Civil Veterinary Dept. Bombay admin report 1900-1906 - 1900-1906
Year: 1900
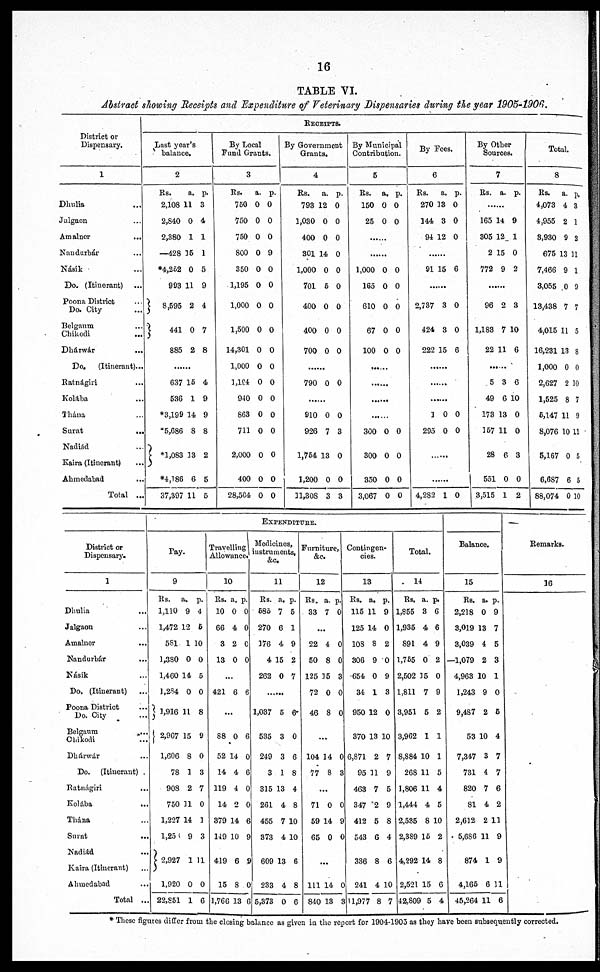
16
TABLE VI.
Abstract showing Receipts and Expenditure of Veterinary Dispensaries during the year 1905-1906.
District or
Dispensary.
1
Dhulia ...
Jalgaon ...
Amalner ...
Nandurbár ...
Násik ...
Do. (Itinerant)
Poona District ...
Do. City ...
Belgaum ...
Chikodi ...
Dhárwár ...
Do.
(Itinerant)...
Ratnágiri ...
Kolába ...
Thána ...
Surat ...
Nadiád ...
Kaira (Itinerant) ...
Ahmedabad ...
Total ...
RECEIPTS
Last year's
balance.
2
Rs.
2,108
2,840
2,380
—428
*4,252
993
8,595
441
885
......
637
536
*3,199
*5,686
*1,083
*4,186
37,397
a.
11
0
1
15
0
11
2
0
2
15
1
14
8
13
6
11
p.
3
4
1
1
5
9
4
7
8
4
9
9
8
2
5
5
By Local
Fund Grants.
3
Rs.
750
750
750
800
350
1,195
1,000
1,500
14,301
1,000
1,194
940
863
711
2,000
400
28,504
a.
0
0
0
0
0
0
0
0
0
0
0
0
0
0
0
0
0
p.
0
0
0
9
0
0
0
0
0
0
0
0
0
0
0
0
0
By Government
Grannts.
4
Rs.
793
1,030
400
301
1,000
701
400
4.00
700
......
790
......
910
926
1,754
1,200
11,308
a.
12
0
0
14
0
5
0
0
0
0
0
7
13
0
3
p.
0
0
0
0
0
0
0
0
0
0
0
3
0
0
3
By Municipal
Contribution.
5
Rs.
150
25
......
1,000
165
610
67
100
......
......
......
300
300
350
3,067
a,
0 0
0
0
0
0
0
0
0
0
0
0
p.
0
0
0
0
0
0
0
0
0
0
By Fees.
6
Rs.
270
144
94
.......
91
.......
2,737
424
222
......
......
......
1
295
......
......
4,282
a.
13
3
12
15
3
3
15
0
0
1
p.
0
0
0
6
0
0
6
0
0
0
By Other
Sources.
7
Rs.
.......
165
305
2
772
......
96
1,183
22
......
5
49
173
157
28
551
3,515
a.
14
12
15
9
2
7
11
3
6
13
11
6
0
1
p.
9
1
0
2
3
10
6
6
10
0
0
3
0
2
Total
8
Rs.
4,073
4,955
8,930
675
7,466
3,055
13,438
4,015
16,231
1,000
2,627
1,525
5,147
8,076
5,167
6,687
88,074
a.
4
2
9
13 11
9
0
7
11
13
0
2
8
11
10
0
6
0
p,
3
1
2
1
9
7
5
8
0
10
7
9
11
5
5
10
District or
Dispensary.
1
Dhulia ...
Jalgaon ...
Amalnor ...
Nandurbár ...
Násik ...
Do. (Itinerant)
Poona District ...
Do. City
Belgaum ...
Chikodi ...
Dhárwár ...
Do. (Itinerant) .
Ratnágiri ...
Kolába ...
Thána ...
Surat ...
Nadiád ...
Kaira (Itinerant) ...
Ahmedabad ...
Total ...
EXPENDITURE.
Pay.
9
Rs.
1,110
1,472
581
1,380
1,460
1,284
1,916
2,967
1,606
78
908
750
1,227
1,255
2,927
1,920
22,851
a.
9
12
1
0
14
0
11
15
8
1
2
11
14
9
1
0
1
p.
4
6
10
0
5
0
8
9
0
3
7
0
1
3
11
0
6
Travelling
Allowance.
10
Rs.
10
66
3
13
a.
0
4
2
0
p.
0
0
0
0
...
421 6 6
...
88
52
14
119
14
379
149
419
15
1,766
0
14
4
4
2
14
10
6
8
13
6
0
6
0
0
6
9
.9
0
6
Medicines
instruments,
&c.
11
Rs.
585
270
176
4
262
......
1,037
535
249
3
315
261
455
373
609
233
5,373
a.
7
6
4
15
0
5
3
3
1
13
4
7
4
13
4
0
p.
5
1
9
2
7
6
0
6
8
4
8
10
10
6
8
6
Furniture
&c.
12
Rs.
33
a.
7
p.
0
...
22
50
125 1
72
46
4
8
5
0
8
0
0
3
0
0
...
104
77
14
8
0
3
...
71
59
65
0
14
0
0
9
0
...
111
840
14
13
0
3
Contingen¬
cies.
13
Rs.
115
125
108
306
654
34
950
370
6,871
95
463
347
412
543
336
241
11,977
a.
11
14
8
9
0
1
12
13
2
31
7
2
5
6
8
4
8
p.
9
0
2
0
9
3
0
10
7
9
5
9
8
4
6
10
7
Total.
14
Rs.
1,855
1,935
891
1,755
2,502
1,811
3,951
3,962
8,884
268
1,806
1,444
2,535
2,389
4,292
2,521
42,809
a.
3
4
4
0
35
7
5
1
10
11
11
4
8
15
14
15
5
p.
6
6
9
2
0
9
2
1
1
5
4
5
10
2
8
6
4
Balance.
15
Rs.
2,218
3,019
3,039
—1,079
4,963 1
1,243
9,487
53
7,347
731
820
81
2,612
5,686
874
4,165
45,264
a.
0
13
4
2
0
9
2
10
3
4
7
4
2
11
1
6
11
p.
9
7
5
3
1
0
6
4
7
7
6
2
11
9
9
11
6
Remarks.
16
* These figures differ from the closing balance as given in the report for 1904-1905 as they have been subsequently corrected.